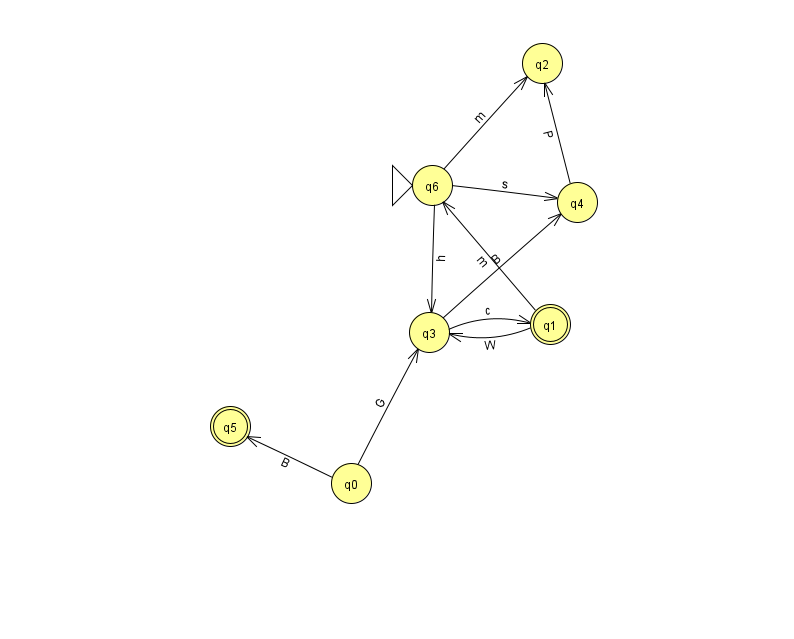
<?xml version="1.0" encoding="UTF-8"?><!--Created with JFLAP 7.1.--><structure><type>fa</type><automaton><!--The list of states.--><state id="0" name="q0"><x>351.0</x><y>470.0</y></state><state id="1" name="q1"><x>550.0</x><y>311.0</y><final/></state><state id="2" name="q2"><x>542.0</x><y>50.0</y></state><state id="3" name="q3"><x>429.0</x><y>319.0</y></state><state id="4" name="q4"><x>577.0</x><y>189.0</y></state><state id="5" name="q5"><x>230.0</x><y>413.0</y><final/></state><state id="6" name="q6"><x>432.0</x><y>172.0</y><initial/></state><!--The list of transitions.--><transition><from>1</from><to>6</to><read>m</read></transition><transition><from>0</from><to>5</to><read>B</read></transition><transition><from>4</from><to>2</to><read>P</read></transition><transition><from>6</from><to>2</to><read>m</read></transition><transition><from>1</from><to>3</to><read>W</read></transition><transition><from>6</from><to>3</to><read>h</read></transition><transition><from>0</from><to>3</to><read>G</read></transition><transition><from>3</from><to>4</to><read>B</read></transition><transition><from>3</from><to>1</to><read>c</read></transition><transition><from>6</from><to>4</to><read>s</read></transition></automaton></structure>